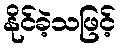
နိုင်ခဲ့သဖြင့်